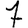
Digit: 7